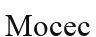
Мосес